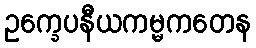
ဥက္ခေပနီယကမ္မကတေန